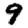
Digit: 9